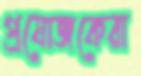
প্রযোজকেরা